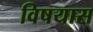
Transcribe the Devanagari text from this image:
विषयास